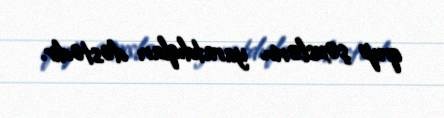
qrup şəxslərin yaratdıqları dəstədir.